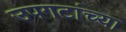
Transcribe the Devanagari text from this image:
उपगटांच्या